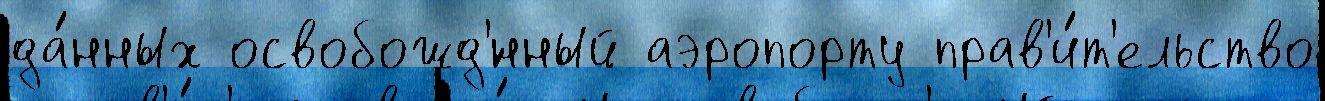
да́нных освобожд'́нный аэропорту прав'и́т'ельство